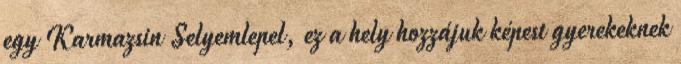
egy Karmazsin Selyemlepel, ez a hely hozzájuk képest gyerekeknek